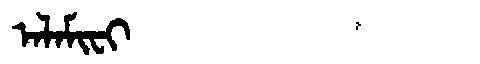
Manchu: ᠠᠯᠠᠮᡳᠸᡳ
Romanization: ALAMIFI